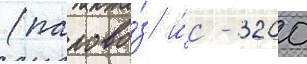
(парово́з и́с - 3200